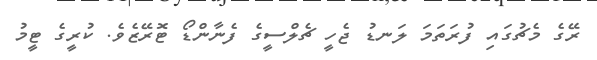
ރޭގެ މެޗުގައި ފުރަތަމަ ލަނޑު ޖެހީ ޗެލްސީގެ ފެނާންޑޯ ޓޮރޭޒެވެ. ކުރީގެ ޓީމު